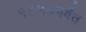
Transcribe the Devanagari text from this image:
१८५०पर्यंत